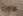
هاورد